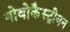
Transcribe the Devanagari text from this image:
नोवोकैस्ट्रीयन